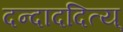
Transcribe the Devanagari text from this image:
दन्दाददित्य्